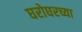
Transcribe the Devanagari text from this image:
घरोघरच्या